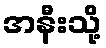
အနီးသို့